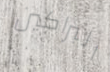
البراكين